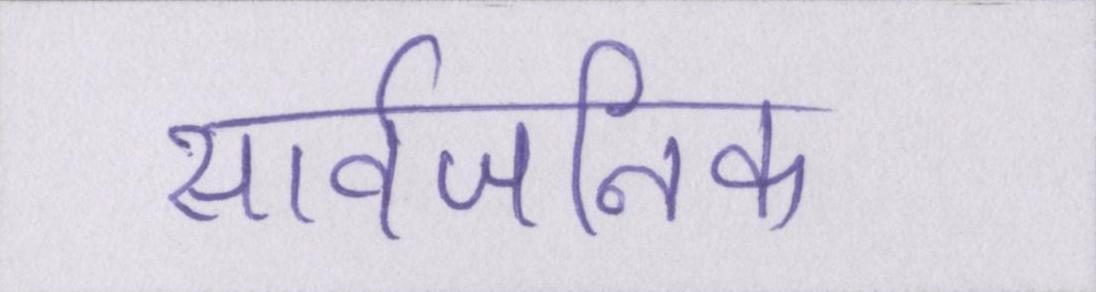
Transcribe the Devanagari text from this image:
सार्वजनिक